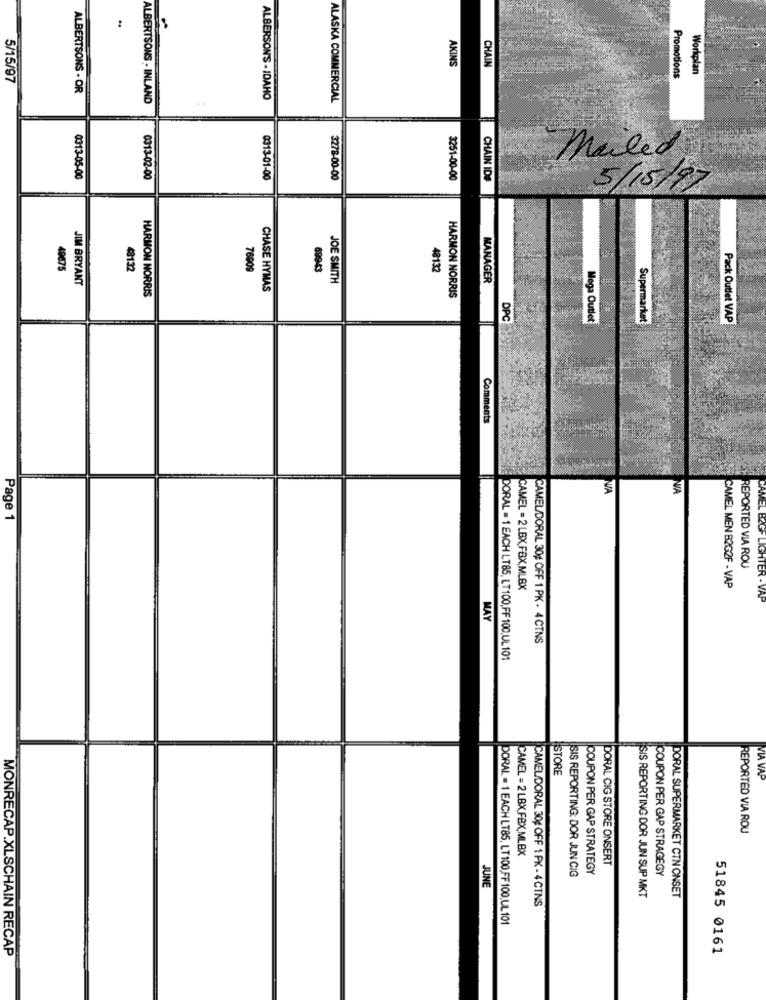
AXINS
CHAIN
Promotions
Workplan
5/15/97
ALBERTSONS - OR
ALBERTSONS - INLAND
ALBERSON'S - IDAHO
ALASKA COMMERCIAL
Maled
0313-05-00
3278-00-00
0313-02-00
0313-01-00
3251-00-00
CHAIN IDE
5/15/80
49675
48132
76909
69943
48132
JIM BRYANT
JOE SMITH
MANAGER
CHASE HYMAS
HARMON NORRIS
HARMON NORRIS
DPC
Mega Outlet
Supermarket
Pack Outlet VAP
Comments
NIA
WA
CAME
Page 1
REPORTED VIA ROU
CAMEL MEN B2G2F - VAP
CAMEL = 2 LBX FBX,MLBX
LIGHTER - VAP
MAY
CAMEL/DORAL 30¢ OFF 1 PK - 4 CTNS
DORAL = 1 EACH LT85, LT100,FF 100,UL 101
STORE
VIA V
REPORTED VIA ROU
CAMEL = 2 LBX FBX,MLBX
DORAL CIG STORE ONSERT
COUPON PER GAP STRATEGY
COUPON PER GAP STRAGEGY
JUNE
SIS REPORTING: DOR JUN CIG
SIS REPORTING DOR JUN SUP MKT
CAMEL/DORAL 30% OFF 1 PK - 4 CTNS
DORAL SUPERMARKET CTN ONSET
DORAL = 1 EACH LT85, LT 100,FF 100,UL. 101
MONRECAP.XLSCHAIN RECAP
51845 0161